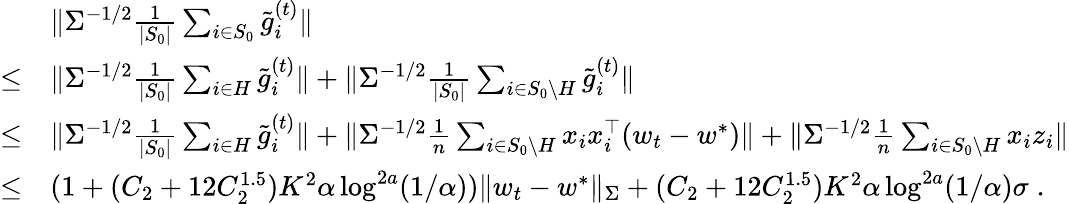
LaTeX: \begin{array}{rl}&{\| \Sigma^{-1/2}\frac{1}{|S_{0}|}\sum_{i\in S_{0}}\tilde{g}_{i}^{(t)}\| }\\ {\leq}&{\| \Sigma^{-1/2}\frac{1}{|S_{0}|}\sum_{i\in H}\tilde{g}_{i}^{(t)}\| +\| \Sigma^{-1/2}\frac{1}{|S_{0}|}\sum_{i\in S_{0}\setminus H}\tilde{g}_{i}^{(t)}\| }\\ {\leq}&{\| \Sigma^{-1/2}\frac{1}{|S_{0}|}\sum_{i\in H}\tilde{g}_{i}^{(t)}\| +\| \Sigma^{-1/2}\frac{1}{n}\sum_{i\in S_{0}\setminus H}x_{i}x_{i}^{\top}(w_{t}-w^{*})\| +\| \Sigma^{-1/2}\frac{1}{n}\sum_{i\in S_{0}\setminus H}x_{i}z_{i}\| }\\ {\leq}&{(1+(C_{2}+12C_{2}^{1.5})K^{2}\alpha\log^{2a}(1/\alpha))\| w_{t}-w^{*}\| _{\Sigma}+(C_{2}+12C_{2}^{1.5})K^{2}\alpha\log^{2a}(1/\alpha)\sigma\; .}\end{array}